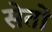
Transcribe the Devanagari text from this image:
सेतों